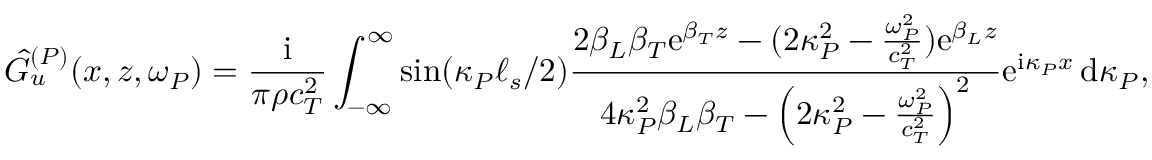
\hat { G } _ { u } ^ { ( P ) } ( x , z , \omega _ { P } ) = \frac { \mathrm { i } } { \pi \rho c _ { T } ^ { 2 } } \int _ { - \infty } ^ { \infty } \sin ( \kappa _ { P } \ell _ { s } / 2 ) \frac { 2 \beta _ { L } \beta _ { T } \mathrm { e } ^ { \beta _ { T } z } - ( 2 \kappa _ { P } ^ { 2 } - \frac { \omega _ { P } ^ { 2 } } { c _ { T } ^ { 2 } } ) \mathrm { e } ^ { \beta _ { L } z } } { 4 \kappa _ { P } ^ { 2 } \beta _ { L } \beta _ { T } - \left( 2 \kappa _ { P } ^ { 2 } - \frac { \omega _ { P } ^ { 2 } } { c _ { T } ^ { 2 } } \right) ^ { 2 } } \mathrm { e } ^ { \mathrm { i } \kappa _ { P } x } \, \mathrm { d } \kappa _ { P } ,